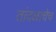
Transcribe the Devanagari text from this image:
तांदळाचेच